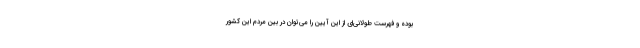
بوده و فهرست طولانی‌ای از این آیین را می‌توان در بین مردم این کشور